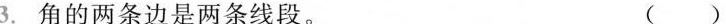
3. 角的两条边是两条线段。 ( )